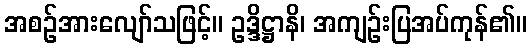
အစဉ်အားလျော်သဖြင့်။ ဥဒ္ဒိဋ္ဌာနိ၊ အကျဉ်းပြအပ်ကုန်၏။